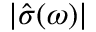
| \hat { \sigma } ( \omega ) |